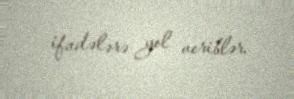
ifadələrə yol veriblər.